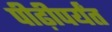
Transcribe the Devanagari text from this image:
पीढ़ीपर्यंत